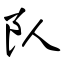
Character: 队